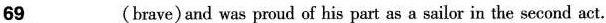
\underline{69} (brave)and was proud of his part as a sailor in the second act.